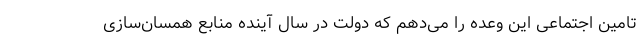
تامین اجتماعی این وعده را می‌دهم که دولت در سال آینده منابع همسان‌سازی